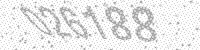
Solution: 026188